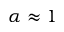
\alpha \approx 1